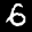
Label: 6